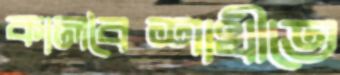
কালবৈশাখীতে